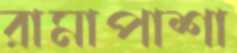
রামাপাশা